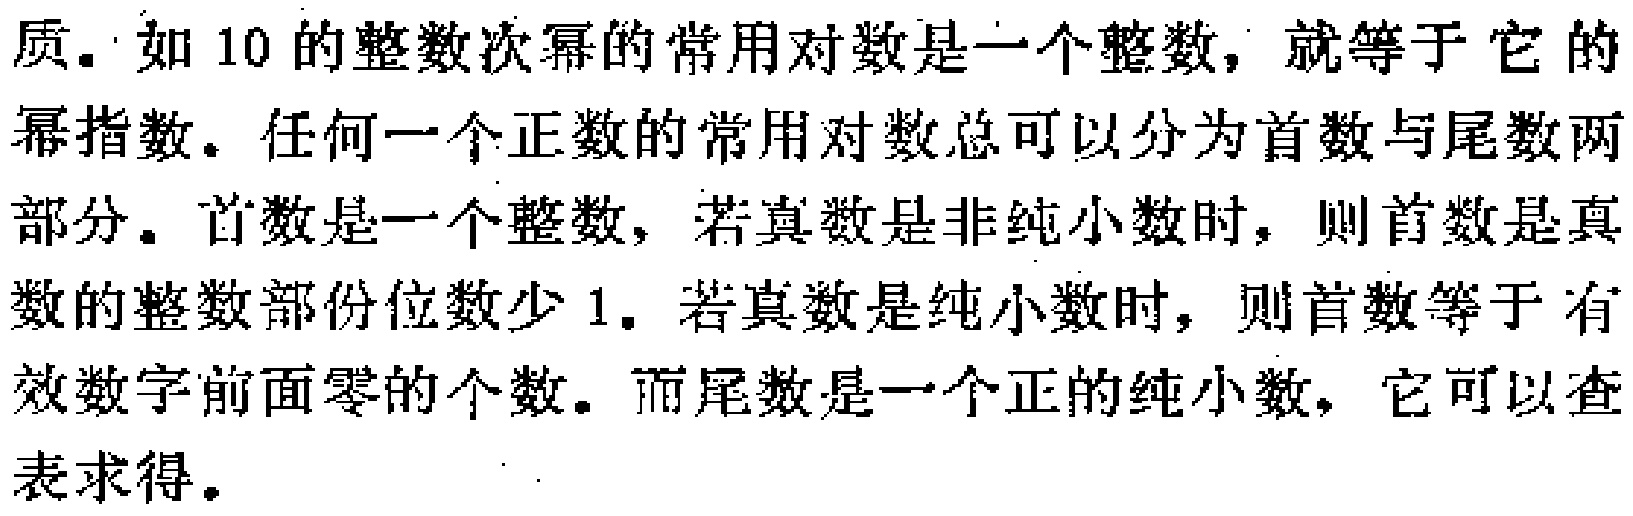
质. 如 10 的整数次幂的常用对数是一个整数，就等于 它的幂指数. 任何一个正数的常用对数总可以分为首数与尾数两部分. 首数是一个整数，若真数是非纯小数时，则首数是真数的整数部份位数少 1. 若真数是纯小数时，则首数等于 有效数字前面零的个数. 而尾数是一个正的纯小数，它可以查表求得.